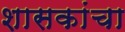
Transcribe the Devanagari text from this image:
शासकांचा